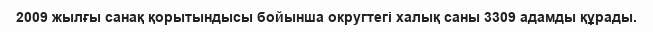
2009 жылғы санақ қорытындысы бойынша округтегі халық саны 3309 адамды құрады.